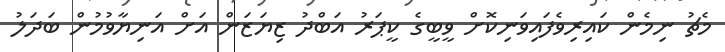
މެޗު ނިމެން ކައިރިވެފައިވަނިކޮށް ވީބީގެ ކީޕަރު އަބްދު ޒިޔަޒަން އަށް އަނިޔާވުމުން ބަދަލު